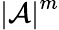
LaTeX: {|\cal{A}|}^{m}